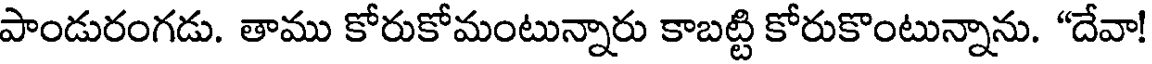
పాండురంగడు. తాము కోరుకోమంటున్నారు కాబట్టి కోరుకొంటున్నాను. "దేవా